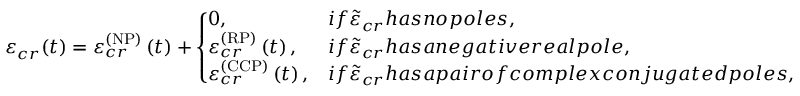
\varepsilon _ { c r } ( t ) = \varepsilon _ { c r } ^ { \left( \mathrm { N P } \right) } \left( t \right) + \left\{ \! \! \! \begin{array} { l l } { 0 , } & { i f \tilde { \varepsilon } _ { c r } h a s n o p o l e s , \smallskip } \\ { \varepsilon _ { c r } ^ { \left( \mathrm { R P } \right) } \left( t \right) , } & { i f \tilde { \varepsilon } _ { c r } h a s a n e g a t i v e r e a l p o l e , \smallskip } \\ { \varepsilon _ { c r } ^ { \left( \mathrm { C C P } \right) } \left( t \right) , } & { i f \tilde { \varepsilon } _ { c r } h a s a p a i r o f c o m p l e x c o n j u g a t e d p o l e s , } \end{array} \ \right.